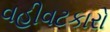
વહીવટકારો